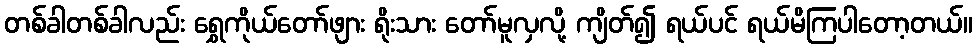
တစ်ခါတစ်ခါလည်း ရွှေကိုယ်တော်ဖျား ရိုးသား တော်မူလှလို့ ကျိတ်၍ ရယ်ပင် ရယ်မိကြပါတော့တယ်။